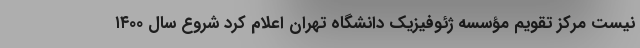
نیست مرکز تقویم مؤسسه ژئوفیزیک دانشگاه تهران اعلام کرد شروع سال ۱۴۰۰